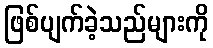
ဖြစ်ပျက်ခဲ့သည်များကို